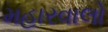
મહારવાલો